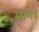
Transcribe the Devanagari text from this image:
म्हणिपे